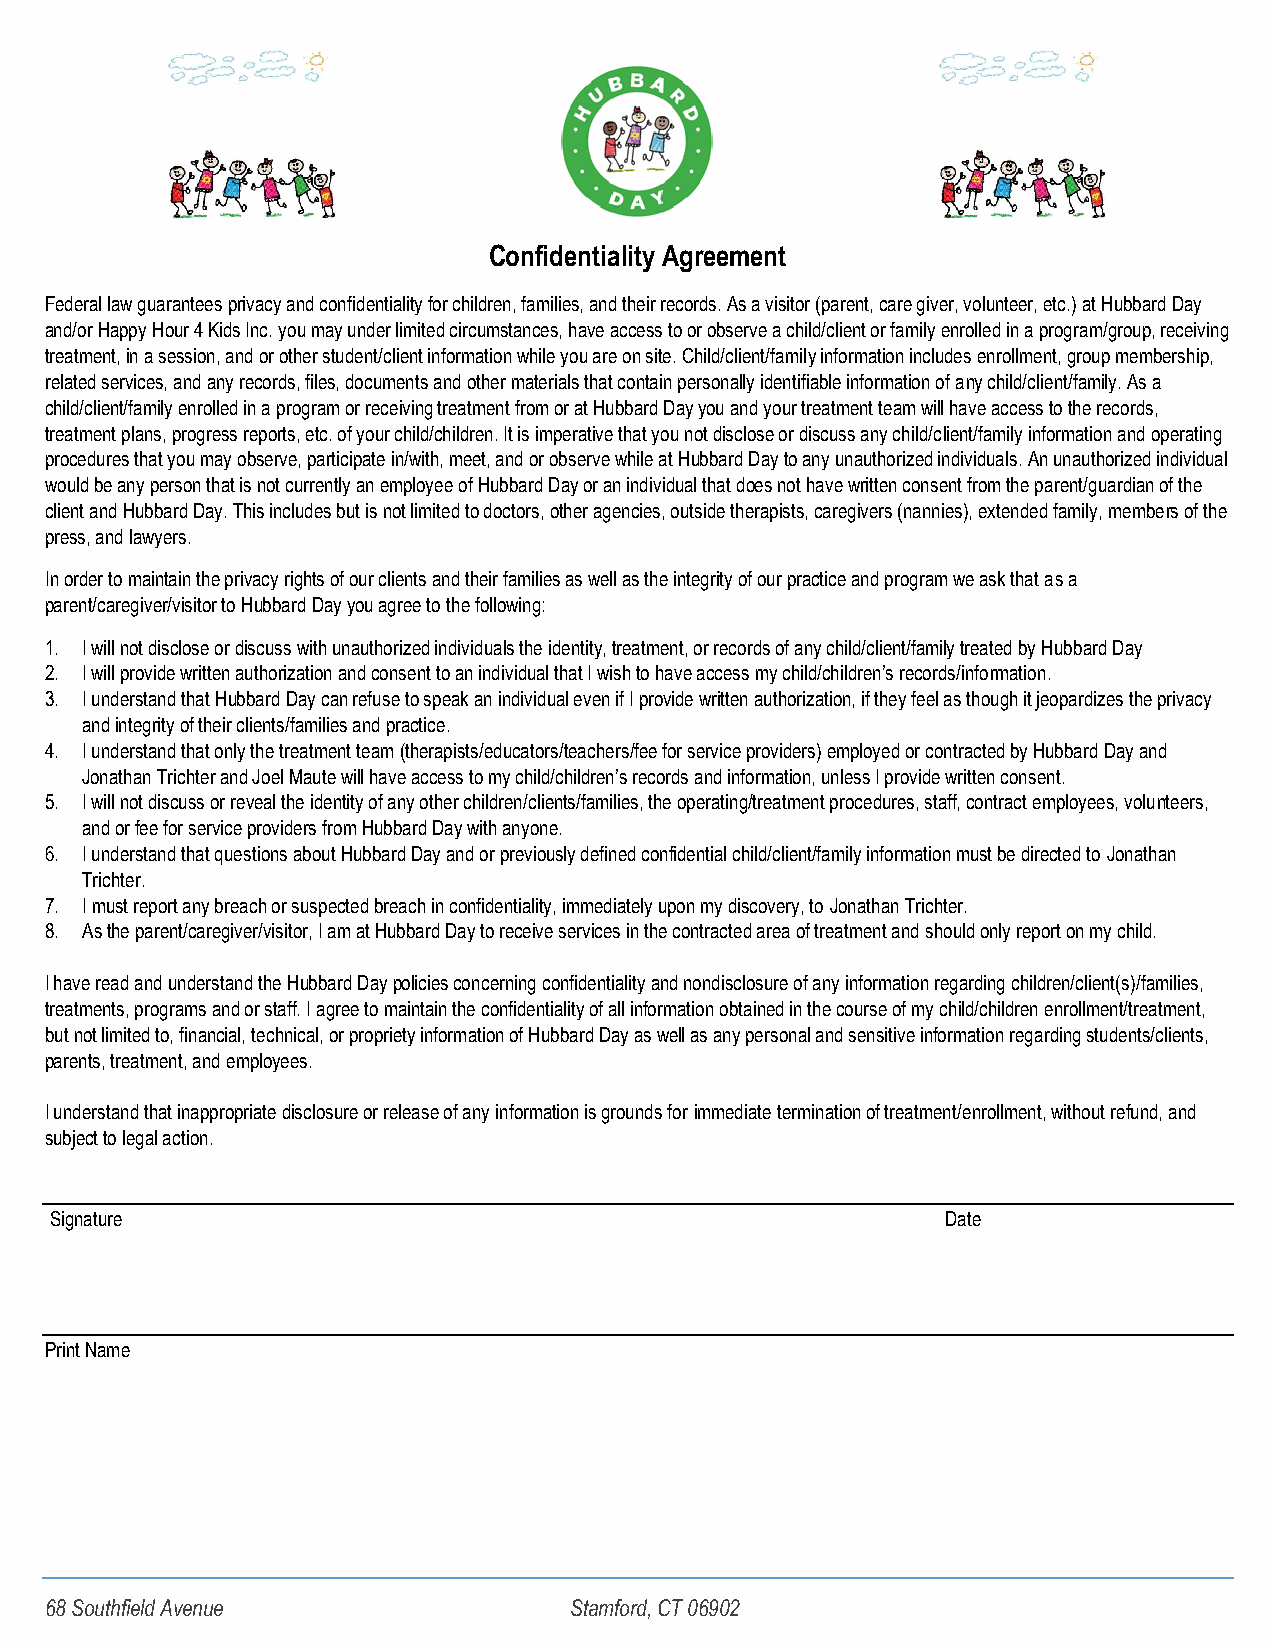
Confidentiality Agreement
 Federal law guarantees privacy and confidentiality for children, families, and their records. As a visitor (parent, care giver, volunteer, etc.) at Hubbard Day
 and/or Happy Hour 4 Kids Inc. you may under limited circumstances, have access to or observe a child/client or family enrolled in a program/group, receiving
 treatment, in a session, and or other student/client information while you are on site. Child/client/family information includes enrollment, group membership,
 related services, and any records, files, documents and other materials that contain personally identifiable information of any child/client/family. As a
 child/client/family enrolled in a program or receiving treatment from or at Hubbard Day you and your treatment team will have access to the records,
 treatment plans, progress reports, etc. of your child/children. It is imperative that you not disclose or discuss any child/client/family information and operating
 procedures that you may observe, participate in/with, meet, and or observe while at Hubbard Day to any unauthorized individuals. An unauthorized individual
 would be any person that is not currently an employee of Hubbard Day or an individual that does not have written consent from the parent/guardian of the
 client and Hubbard Day. This includes but is not limited to doctors, other agencies, outside therapists, caregivers (nannies), extended family, members of the
 press, and lawyers.
 In order to maintain the privacy rights of our clients and their families as well as the integrity of our practice and program we ask that as a
 parent/caregiver/visitor to Hubbard Day you agree to the following:
 1. I will not disclose or discuss with unauthorized individuals the identity, treatment, or records of any child/client/family treated by Hubbard Day
 2. I will provide written authorization and consent to an individual that I wish to have access my child/children’s records/information.
 3. I understand that Hubbard Day can refuse to speak an individual even if I provide written authorization, if they feel as though it jeopardizes the privacy
 and integrity of their clients/families and practice.
 4. I understand that only the treatment team (therapists/educators/teachers/fee for service providers) employed or contracted by Hubbard Day and
 Jonathan Trichter and Joel Maute will have access to my child/children’s records and information, unless I provide written consent.
 5. I will not discuss or reveal the identity of any other children/clients/families, the operating/treatment procedures, staff, contract employees, volunteers,
 and or fee for service providers from Hubbard Day with anyone.
 6. I understand that questions about Hubbard Day and or previously defined confidential child/client/family information must be directed to Jonathan
 Trichter.
 7. I must report any breach or suspected breach in confidentiality, immediately upon my discovery, to Jonathan Trichter.
 8. As the parent/caregiver/visitor, I am at Hubbard Day to receive services in the contracted area of treatment and should only report on my child.
 I have read and understand the Hubbard Day policies concerning confidentiality and nondisclosure of any information regarding children/client(s)/families,
 treatments, programs and or staff. I agree to maintain the confidentiality of all information obtained in the course of my child/children enrollment/treatment,
 but not limited to, financial, technical, or propriety information of Hubbard Day as well as any personal and sensitive information regarding students/clients,
 parents, treatment, and employees.
 I understand that inappropriate disclosure or release of any information is grounds for immediate termination of treatment/enrollment, without refund, and
 subject to legal action.
 Signature                                                   Date
 Print Name
 68 Southfield Avenue               Stamford, CT 06902